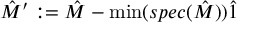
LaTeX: { \hat { M } } ^ { \prime } : = { \hat { M } } - \operatorname* { m i n } ( s p e c ( { \hat { M } } ) ) { \hat { 1 } }